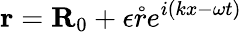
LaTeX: {\mathbf r}={\mathbf R}_{0}+\epsilon\mathring{r}e^{i(kx-\omega t)}